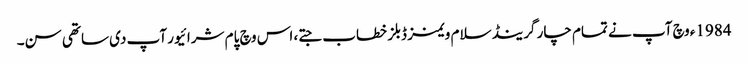
1984ء وچ آپ نے تمام چار گرینڈ سلام ویمنز ڈبلز خطاب جتے، اس وچ پام شرائیور آپ د‏‏ی ساتھی سن۔